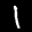
Label: 1